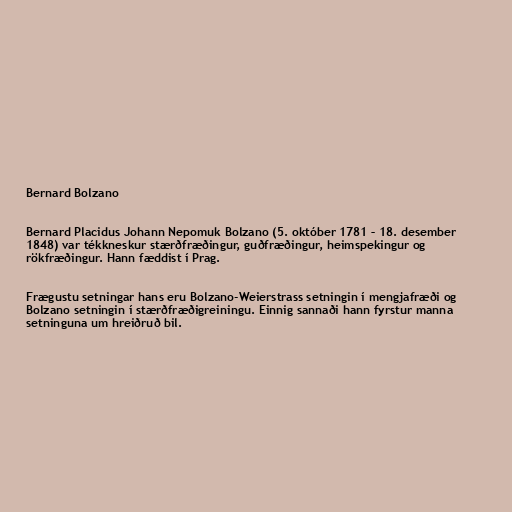
Bernard Bolzano

Bernard Placidus Johann Nepomuk Bolzano (5. október 1781 – 18. desember
1848) var tékkneskur stærðfræðingur, guðfræðingur, heimspekingur og
rökfræðingur. Hann fæddist í Prag.

Frægustu setningar hans eru Bolzano-Weierstrass setningin í mengjafræði og
Bolzano setningin í stærðfræðigreiningu. Einnig sannaði hann fyrstur manna
setninguna um hreiðruð bil.